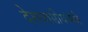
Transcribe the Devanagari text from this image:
देशवासीयांमधे